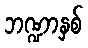
ဘဏ္ဍာနှစ်